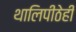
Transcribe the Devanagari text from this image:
थालिपीठेही